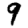
Digit: 9